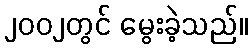
၂၀၀၂တွင် မွေးခဲ့သည်။